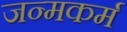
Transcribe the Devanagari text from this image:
जन्मकर्म